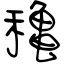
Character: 穐